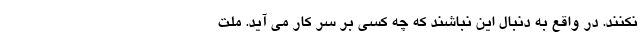
نکنند. در واقع به دنبال این نباشند که چه کسی بر سر کار می آید. ملت